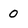
Character: 0